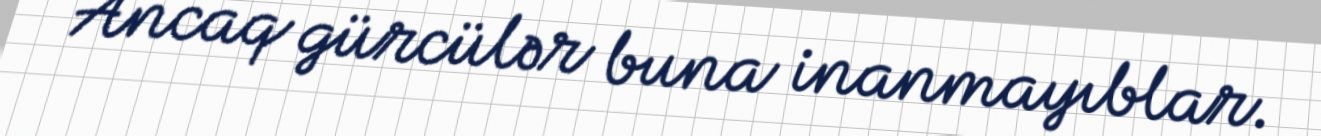
Ancaq gürcülər buna inanmayıblar.